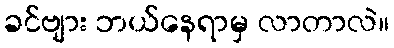
ခင်ဗျား ဘယ်နေရာမှ လာတာလဲ။